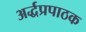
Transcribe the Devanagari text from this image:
अर्द्धप्रपाठक